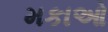
મકાઓ